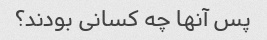
پس آنها چه کسانی بودند؟